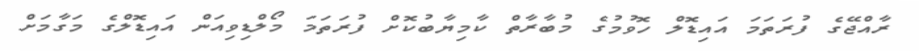
ރާއްޖޭގެ ފުރަތަމަ އައިޑޮލް ހޮވުމުގެ މުބާރާތް ކާމިޔާބުކޮށް ފުރަތަމަ މޯލްޑިވިއަން އައިޑޮލްގެ މަގާމަށް